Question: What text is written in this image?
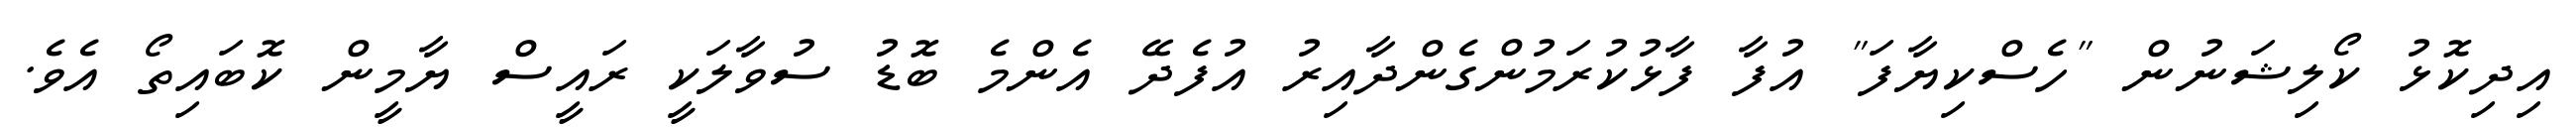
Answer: އިދިކޮޅު ކޯލިޝަނުން "ހެސްކިޔާފަ" އުފާ ފާޅުކުރަމުންގެންދާއިރު އުފެދޭ އެންމެ ބޮޑު ސުވާލަކީ ރައީސް ޔާމީން ކޮބައިތޯ އެވެ.